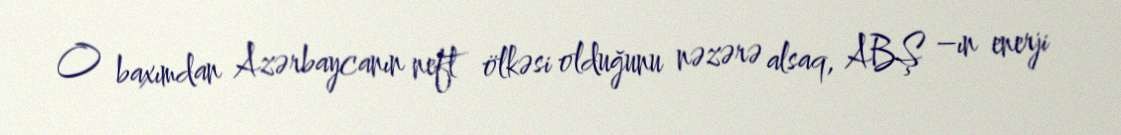
O baxımdan Azərbaycanın neft ölkəsi olduğunu nəzərə alsaq, ABŞ –ın enerji